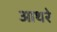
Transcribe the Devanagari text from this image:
आथरे